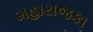
મહારાજકા